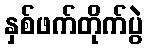
နှစ်ဖက်တိုက်ပွဲ